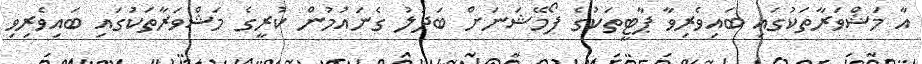
އާ މަޝްވަރާތަކުގައި ބައިވެރިވާ ޕާޓީތަކުގެ ފޯމޭޝަނަށް ބަދަލު ގެނައުމުން ކުރީގެ މަޝްވަރާތަކުގައި ބައިވެރިވި